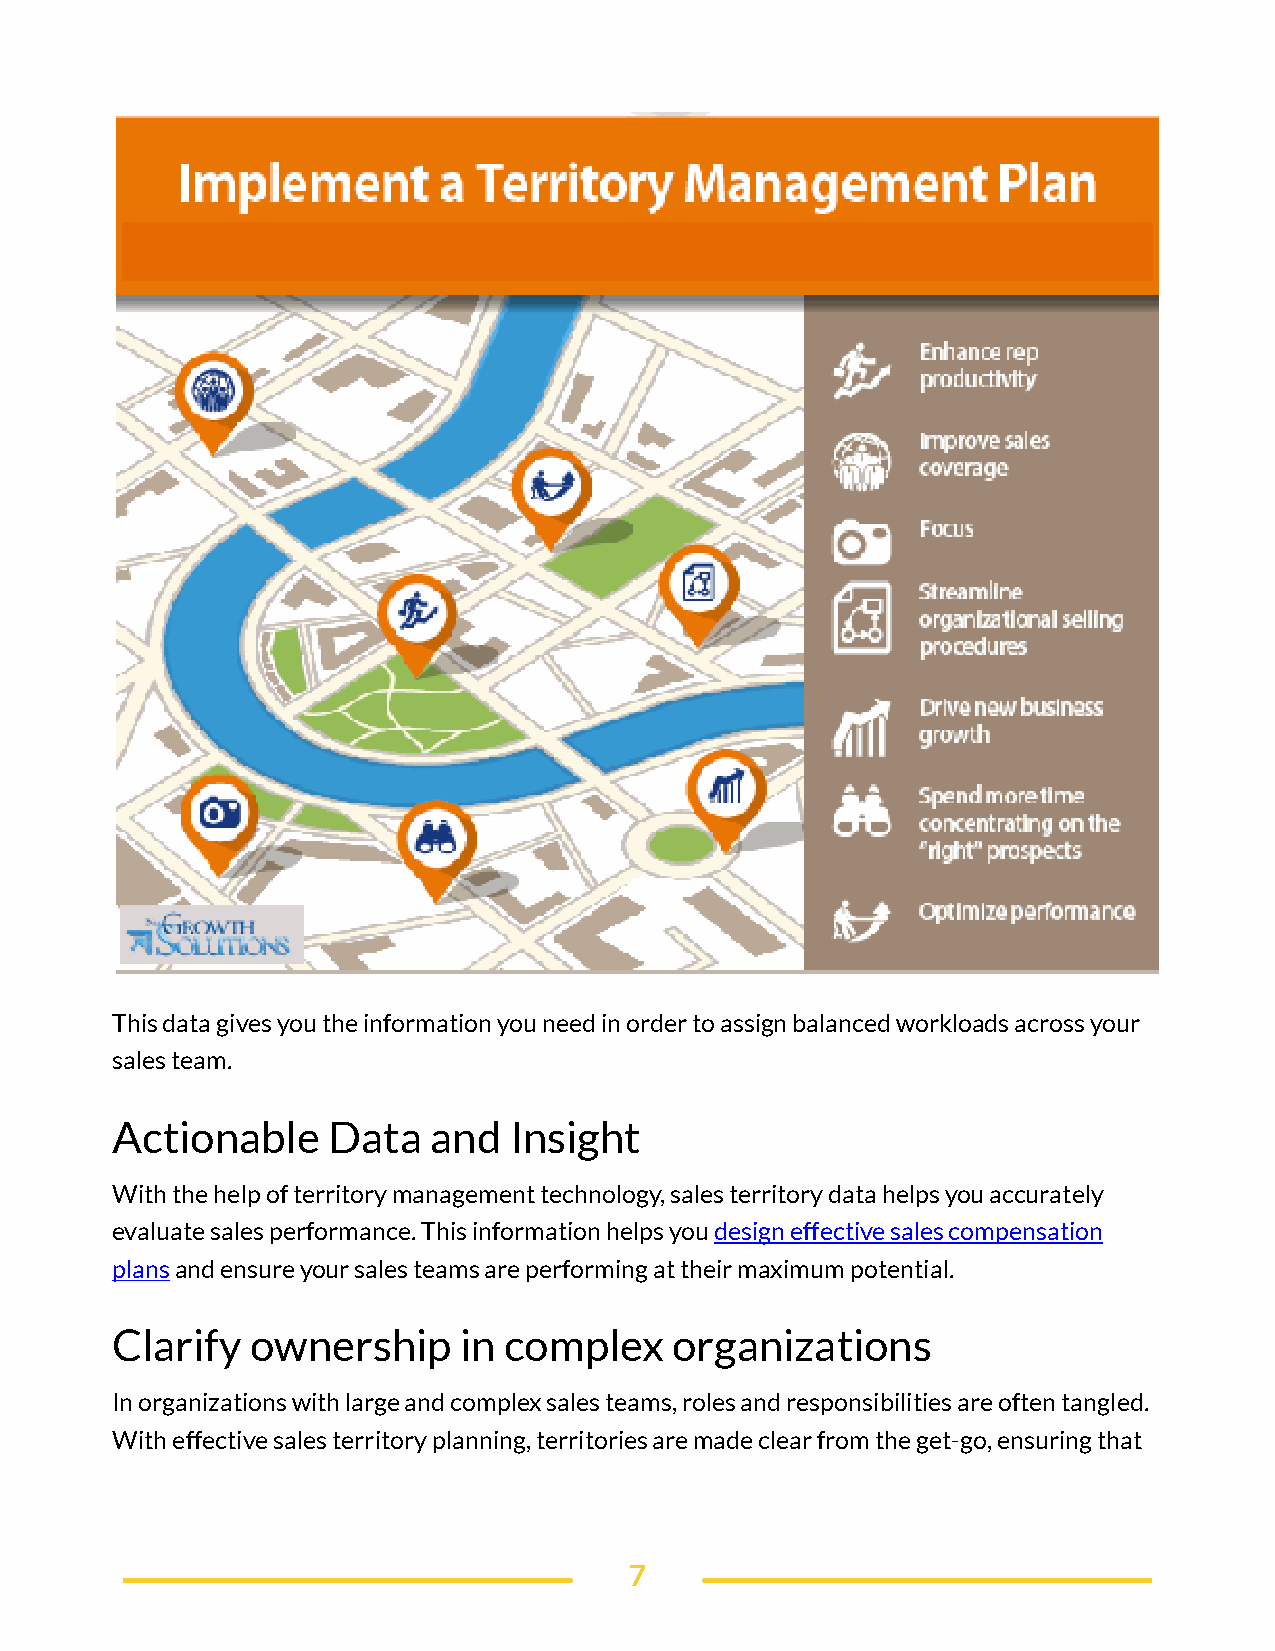
This data gives you the information you need in order to assign balanced workloads across your
 sales team.
 Actionable     Data  and   Insight
 With the help of territory management technology, sales territory data helps you accurately
 evaluate sales performance. This information helps you design effective sales compensation
 plans and ensure your sales teams are performing at their maximum potential.
 Clarify   ownership    in complex     organizations
 In organizations with large and complex sales teams, roles and responsibilities are often tangled.
 With effective sales territory planning, territories are made clear from the get-go, ensuring that
 7